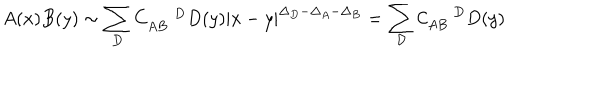
A ( x ) B ( y ) \sim \sum _ { D } C _ { A B } ^ { \; \; D } D ( y ) | x - y | ^ { \Delta _ { D } - \Delta _ { A } - \Delta _ { B } } = \sum _ { { \mathcal { D } } } { \mathcal { C } } _ { A B } ^ { \; \; D } D ( y )